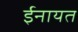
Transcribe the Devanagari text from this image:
ईनायत